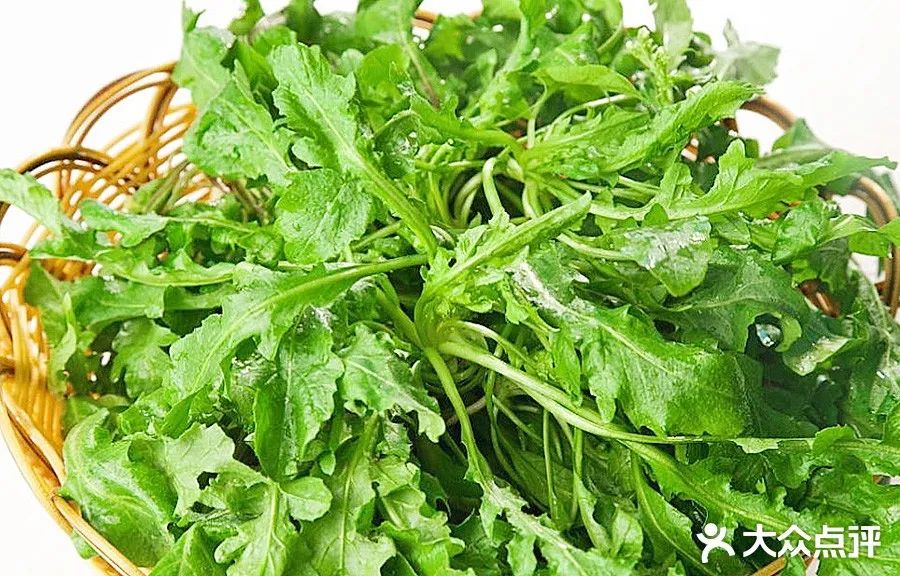
过春风十里，尽荠麦青青。